Vaccination North-Western Provinces and Oudh 1878-1895 - 1878-1895
Year: 1878
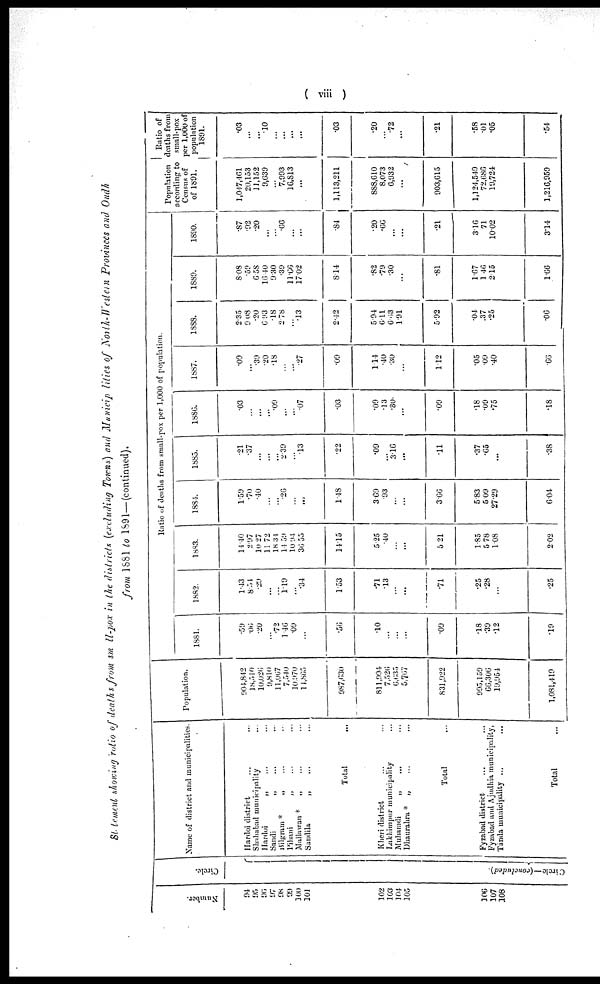
( viii )
Statement showing ratio of deaths from small-pox in the districts (excluding Towns) and Municipalities of North-Western Provinces and Oudh
from 1881 to 1891—(continued).
Number.
94
95
96
97
98
99
100
101
102
103
104
105
106
107
108
Circle.
Ci r cl e — ( concl uded) .
Name of district and municipalities.
Hardoi district ... ...
Shahabad municipality ...
Hardoi „ ... ...
Sandi „ ... ...
Bilgram* „ ... ...
Pihani „ ... ...
Mallawan *
„ ... ...
Sandila
„ ... ...
Total ...
Kheri district ...
Lakhimpur municipality ...
Muhamdi
„ ... ...
Dhaurahra * „ ... ...
Total ...
Fyzabad district ...
Fyzabad and Ajudhia municipality,
Tánda municipality ...
Total ...
Population.
904,842
18, 510
10,026
9,810
11,067
7,540
10,970
14,865
987,630
811,994
7,526
6,635
5,767
831,922
995,159
66,306
19,054
1,081,419
Ratio of deaths from small-pox per 1,000 of population.
1881.
.59
.06
.20
...
.72
1.46
.09
...
.56
.10
...
...
...
.09
.18
.39
.12
.19
1882.
1.43
8.54
.29
...
...
1.19
...
.34
1.53
.71
.13
...
...
.71
.25
.28
...
.25
1883.
14.40
2.97
10.27
11.72
18.34
14.59
10.94
36.55
14.15
525
.40
...
...
5.21
1.85
5.78
1.08
2.02
1884.
1.59
.70
.40
...
...
.26
...
...
1.48
3.69
.93
...
...
3.66
5.83
5.09
27.29
6.04
1885.
.21
.37
...
...
...
2.30
...
.13
.22
.09
...
3.16
...
.11
.37
.65
...
.38
1886.
.03
...
...
...
.09
...
...
.07
.03
.09
.13
.80.
...
.09
.18
.09
.75
.18
1887.
.09
... .39
.20
.18
...
...
.27
.09
1.14
.40
.30
...
1.12
.05
.09
.40
.66
1888.
2.35
9.08
.20
6.93
.18
2.78
...
.13
2.42
5.94
6.11
6.63
1.91
5.92
.04
.37
.06
1889.
8.08
.59
6.58
16.40
9.30
.39
11.66
17.02
8.14
.82
.79
.30
...
.81
1.67
1.46
2.15
1.66
1890.
.87
.92
.20
...
...
.66
...
...
.84
.20
.66
...
...
.21
3.16
71
10.02
3.14
Population
according to
Census of
of 1891.
1,047,461
20,153
11,152
9,639
...
7,993
16,813
...
1,113,211
888,610
8,073
6,932
...
903,615
1,124,540
72,686
19,724
1,216,959
Ratio of
deaths from
small-pox
per 1,000 of
population
1891.
.03
...
...
.10
...
...
...
...
.03
.20
...
.72
...
.21
.58
.01
.05
.54